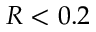
R < 0 . 2